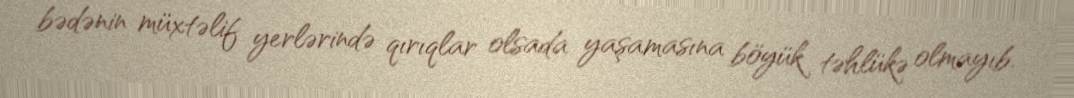
bədənin müxtəlif yerlərində qırıqlar olsada yaşamasına böyük təhlükə olmayıb.